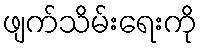
ဖျက်သိမ်းရေးကို